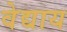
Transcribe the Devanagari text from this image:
वेद्याय